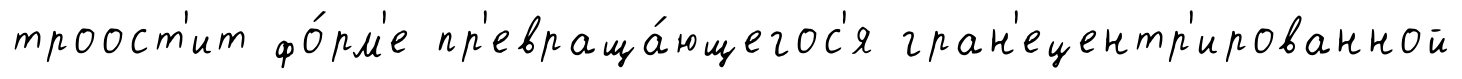
троост'ит фо́рм'е пр'евраща́ющегос'я гран'ецентр'ированной